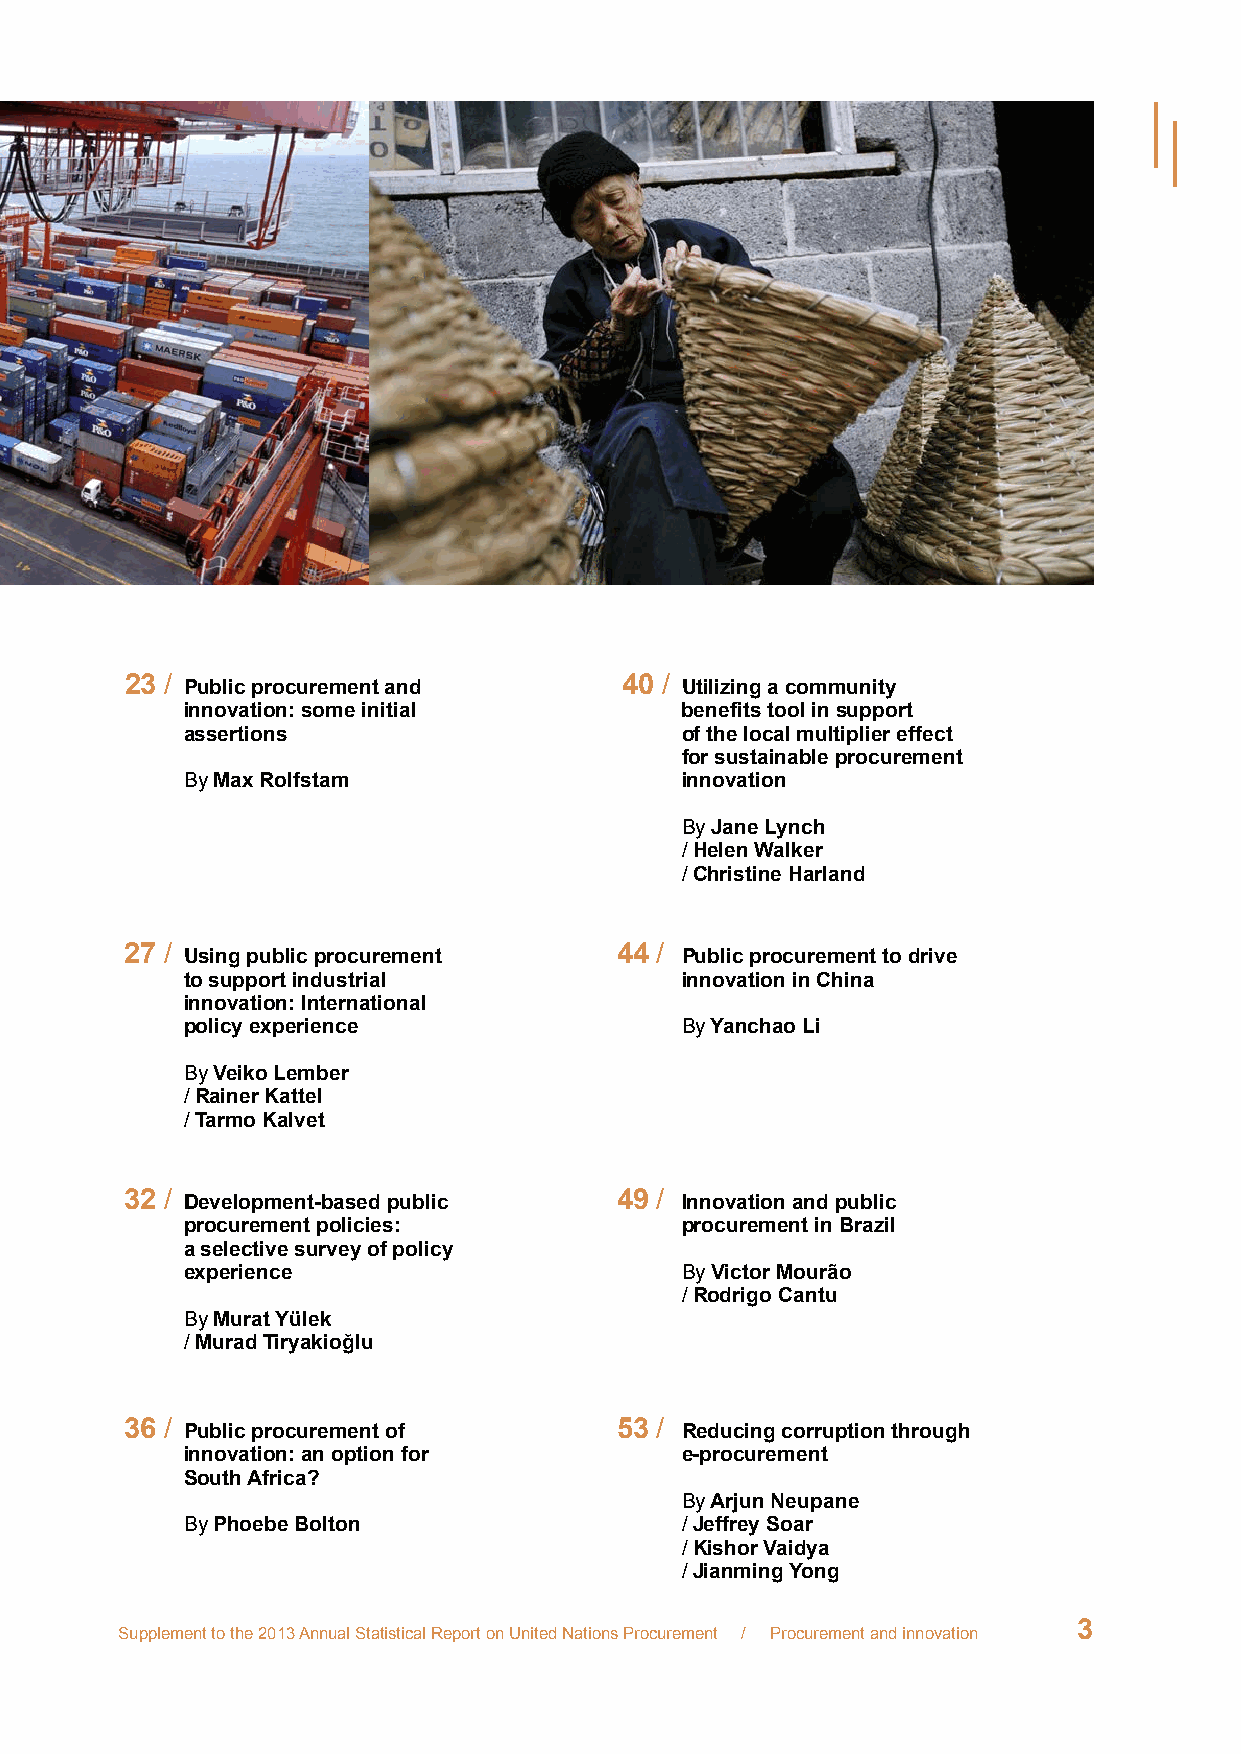
23 / Public procurement and      40 / Utilizing a community
 innovation: some initial         benefits tool in support
 assertions                       of the local multiplier effect
 for sustainable procurement
 By Max Rolfstam                  innovation
 By Jane Lynch
 / Helen Walker
 / Christine Harland
 27 / Using public procurement    44 / Public procurement to drive
 to support industrial            innovation in China
 innovation: International
 policy experience                By Yanchao Li
 By Veiko Lember
 / Rainer Kattel
 / Tarmo Kalvet
 32 / Development-based public    49 / Innovation and public
 procurement policies:            procurement in Brazil
 a selective survey of policy
 experience                       By Victor Mourão
 / Rodrigo Cantu
 By Murat Yülek
 / Murad Tiryakioğlu
 36 / Public procurement of       53 / Reducing corruption through
 innovation: an option for        e-procurement
 South Africa?
 By Arjun Neupane
 By Phoebe Bolton                 / Jeffrey Soar
 / Kishor Vaidya
 / Jianming Yong
 3
 Supplement to the 2013 Annual Statistical Report on United Nations Procurement / Procurement and innovation